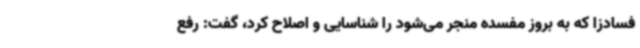
فسادزا که به بروز مفسده منجر می‌شود را شناسایی و اصلاح کرد، گفت: رفع